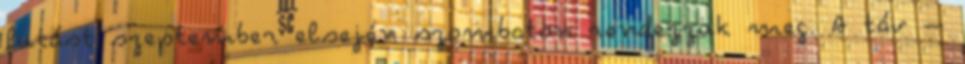
futást szeptember elsején szombaton rendezzük meg. A táv –